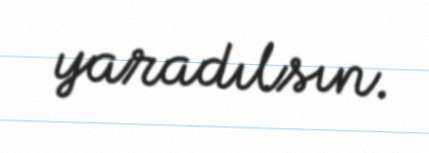
yaradılsın.